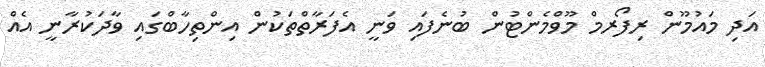
އަދި މައުމޫން ރިފޯރމް މޫވްމެންޓުން ބުނެފައި ވަނީ އެފަރާތްތަކުން އިންތިހާބްގައި ވާދަކުރާނީ އެއް